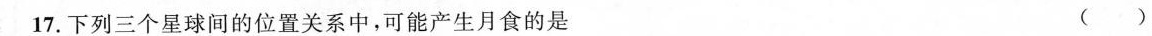
17.下列三个星球间的位置关系中，可能产生月食的是 ( )